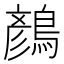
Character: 𪃛